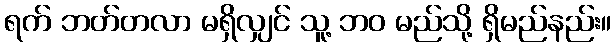
ရက် ဘတ်တလာ မရှိလျှင် သူ့ ဘဝ မည်သို့ ရှိမည်နည်း။